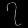
Digit: ၇